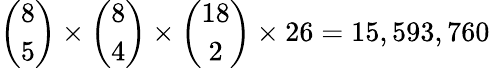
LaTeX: \binom{8}{5}\times\binom{8}{4}\times\binom{18}{2}\times 26=15,593,760